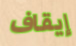
إيقاف